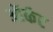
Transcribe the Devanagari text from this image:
ऑर्कट